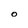
Character: O